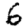
Digit: 6